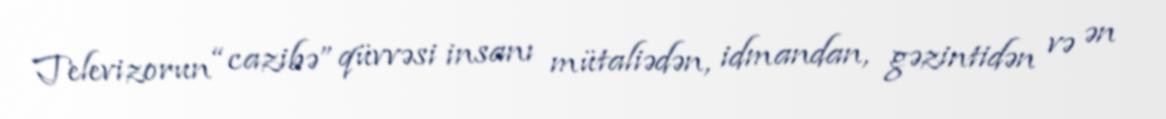
Televizorun “cazibə” qüvvəsi insanı mütaliədən, idmandan, gəzintidən və ən